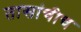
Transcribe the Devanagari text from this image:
तासांचीच